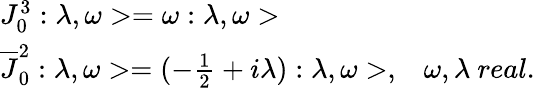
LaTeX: \begin{array}{ll}{{J_{0}^{3}:\lambda,\omega>=\omega:\lambda,\omega>}}&{{}}\\ {{\overline{{{J}}}_{0}^{2}:\lambda,\omega>=(-\frac{1}{2}+i\lambda):\lambda,\omega>,}}&{{\omega,\lambda\ real.}}\end{array}